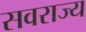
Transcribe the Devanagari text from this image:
सवराज्य